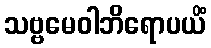
သဗ္ဗမေဝါဘိရောပယိံ